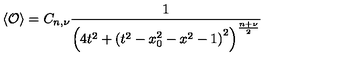
\left\langle \mathcal { O } \right\rangle = C _ { n , \nu } \frac { 1 } { \left( 4 t ^ { 2 } + \left( t ^ { 2 } - x _ { 0 } ^ { 2 } - x ^ { 2 } - 1 \right) ^ { 2 } \right) ^ { \frac { n + \nu } { 2 } } }